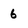
Character: 6